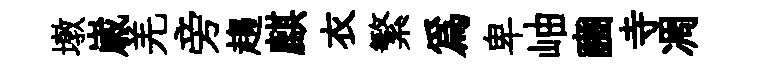
墩𡻕羌旁趨麒衣繁為卑岫豳寺凋